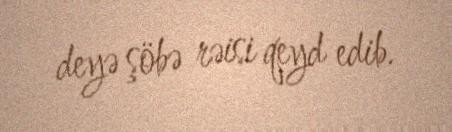
deyə şöbə rəisi qeyd edib.